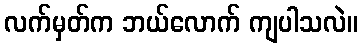
လက်မှတ်က ဘယ်လောက် ကျပါသလဲ။